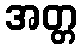
အတ္တ